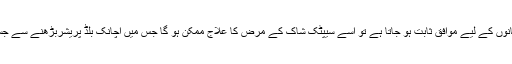
اگر اس کیڑے کا ہیموگلوبن انسانوں کے لیے موافق ثابت ہو جاتا ہے تو اسے سیپٹک شاک کے مرض کا علاج ممکن ہو گا جس میں اچانک بلڈ پریشربڑھنے سے جسمانی اعضا ناکارہ ہوجاتے ہیں۔